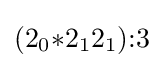
(2_{0}{*}2_{1}2_{1}){:}3